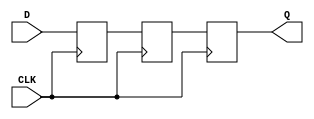
module TwoFF_Metastability_Detector (
    input wire D,        // Asynchronous input signal
    input wire CLK,      // Local clock signal
    output reg Q         // Output signal
);

    // Internal signals for the two flip-flops
    reg FF1;            // Output of the first flip-flop
    reg FF2;            // Output of the second flip-flop

    // First flip-flop (FF1)
    always @(posedge CLK) begin
        FF1 <= D;       // Sample the asynchronous input D
    end

    // Second flip-flop (FF2)
    always @(posedge CLK) begin
        FF2 <= FF1;     // Sample the output of FF1
    end

    // Output assignment
    always @(posedge CLK) begin
        Q <= FF2;       // Output the stable value from FF2
    end

endmodule